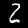
Label: 2